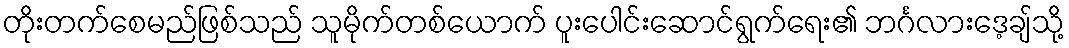
တိုးတက်စေမည်ဖြစ်သည် သူမိုက်တစ်ယောက် ပူးပေါင်းဆောင်ရွက်ရေး၏ ဘင်္ဂလားဒေ့ချ်သို့